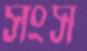
সংস